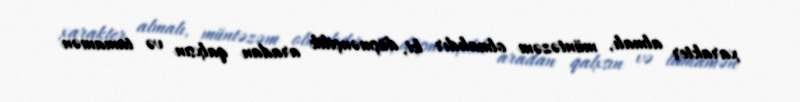
xarakter almalı, müntəzəm olmalıdır ki, düşmənçilik aradan qalxsın və tamamən